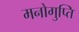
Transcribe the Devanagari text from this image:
मनोगुप्ति